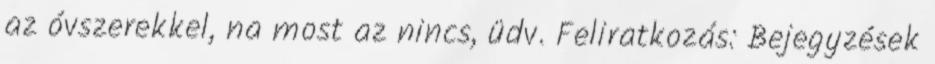
az óvszerekkel, na most az nincs, üdv. Feliratkozás: Bejegyzések